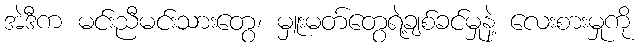
အဲဒီက မင်းညီမင်းသားတွေ၊ မှူးမတ်တွေရဲ့ချစ်ခင်မှုနဲ့ လေးစားမှုကို